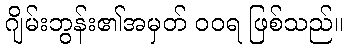
ဂျိမ်းဘွန်း၏အမှတ် ဝဝရ ဖြစ်သည်။